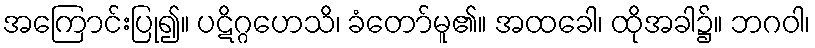
အကြောင်းပြု၍။ ပဋိဂ္ဂဟေသိ၊ ခံတော်မူ၏။ အထခေါ၊ ထိုအခါ၌။ ဘဂဝါ၊